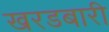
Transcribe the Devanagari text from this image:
खरडबारी